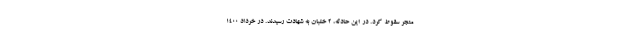
منجر سقوط کرد. در این حادثه، 2 خلبان به شهادت رسیدند. در خرداد 1400